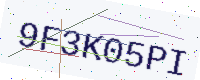
Text: 9F3K05PI